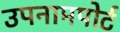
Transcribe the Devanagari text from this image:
उपनामपोर्ट